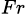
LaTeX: _{Fr}